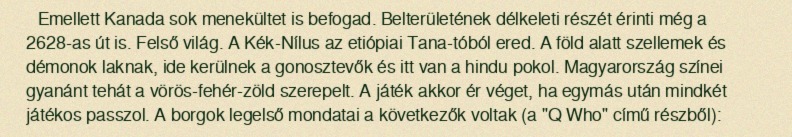
Emellett Kanada sok menekültet is befogad. Belterületének délkeleti részét érinti még a 2628-as út is. Felső világ. A Kék-Nílus az etiópiai Tana-tóból ered. A föld alatt szellemek és démonok laknak, ide kerülnek a gonosztevők és itt van a hindu pokol. Magyarország színei gyanánt tehát a vörös-fehér-zöld szerepelt. A játék akkor ér véget, ha egymás után mindkét játékos passzol. A borgok legelső mondatai a következők voltak (a "Q Who" című részből):